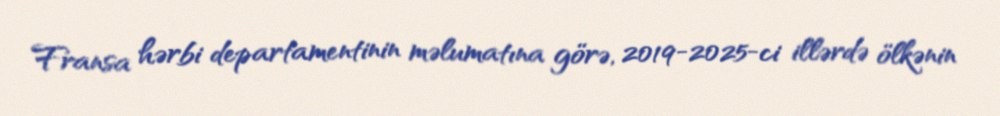
Fransa hərbi departamentinin məlumatına görə, 2019-2025-ci illərdə ölkənin